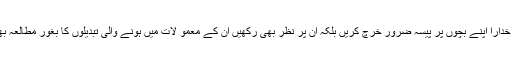
تو قارئیں دیکھ لیں آج کل کے بچے کون سی سائنس پڑھ رہے ہیں میری تمام والدیں سے گذارش ہے خدارا اپنے بچوں پر پیسہ ضرور خرچ کریں بلکہ ان پر نظر بھی رکھیں ان کے معمو لات میں ہونے والی تبدیلوں کا بغور مطالعہ بھی کریں تاکہ ہم اپنے مستقبل کو بچا سکیں جن کو دشمن ملک ثقافتی جنگ میں تباہ کرنا چاہا رہا ہے۔